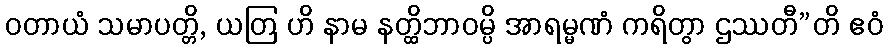
ဝတာယံ သမာပတ္တိ, ယတြ ဟိ နာမ နတ္ထိဘာဝမ္ပိ အာရမ္မဏံ ကရိတွာ ဌဿတီ”တိ ဧဝံ